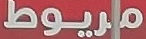
مريوط